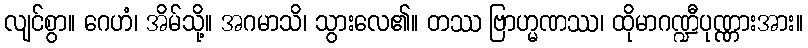
လျင်စွာ။ ဂေဟံ၊ အိမ်သို့။ အဂမာသိ၊ သွားလေ၏။ တဿ ဗြာဟ္မဏဿ၊ ထိုမာဂဏ္ဍီပုဏ္ဏားအား။